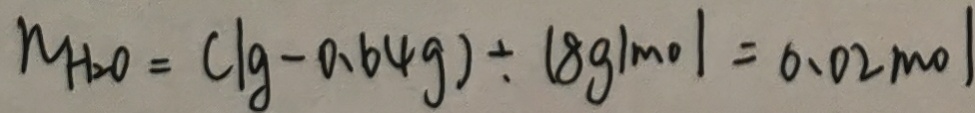
N H _ { 2 } O = ( \lg - 0 . 6 4 g ) \div 1 8 g / m o l = 0 . 0 2 m o l